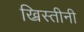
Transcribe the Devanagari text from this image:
ख्रिस्तीनी